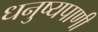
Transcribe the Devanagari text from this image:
धनुष्यपाणी